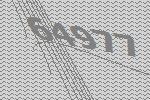
64977